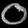
Digit: ၀